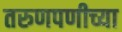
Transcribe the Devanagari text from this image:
तरुणपणीच्या